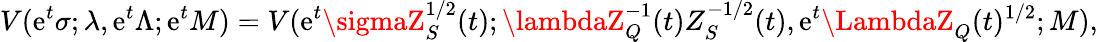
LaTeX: V(\mathrm{e}^{t}\sigma;\lambda,\mathrm{e}^{t}\Lambda;\mathrm{e}^{t}M)=V(\mathrm{e}^{t}\sigmaZ_{S}^{1/2}(t);\lambdaZ_{Q}^{-1}(t)Z_{S}^{-1/2}(t),\mathrm{e}^{t}\LambdaZ_{Q}(t)^{1/2};M),